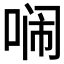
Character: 𭈥